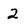
Character: 2